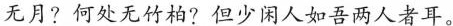
无月?何处无竹柏?但少闲人如吾两人者耳。